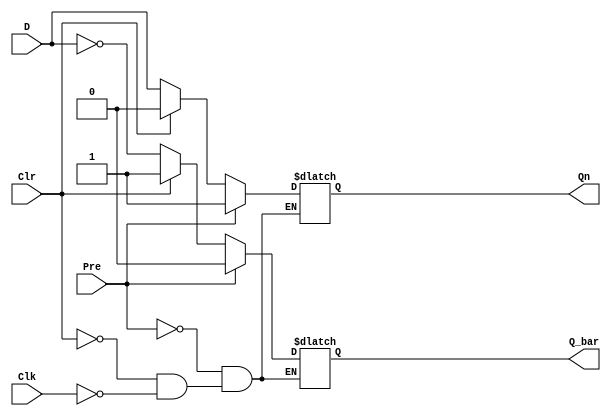
module clocked_latch_d (output reg Qn, output reg Q_bar, input D, Clk, Clr, Pre);

always @* begin

if (Pre == 1'b1) begin
    if (Clr == 1'b1) begin
      Qn <= 1'bx;
      Q_bar <= 1'bx;
      end
    else begin
	   Qn <= 1;
	   Q_bar <= 0;
	   end
    end
	 
else if (Clr == 1'b1) begin
    Qn <= 0;
	 Q_bar <= 1;
	 end	 
else if (Clk == 1'b1) begin

    Qn <= D;
    Q_bar <= ~D;	 
	 end
end
endmodule